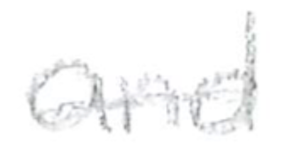
Text: and
Cross-out: single-line
Writing tool: pencil